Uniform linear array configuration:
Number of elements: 12
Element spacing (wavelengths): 0.25
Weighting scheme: cosine
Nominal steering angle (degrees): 0
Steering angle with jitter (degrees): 1.993
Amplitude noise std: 0.05
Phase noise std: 0.05

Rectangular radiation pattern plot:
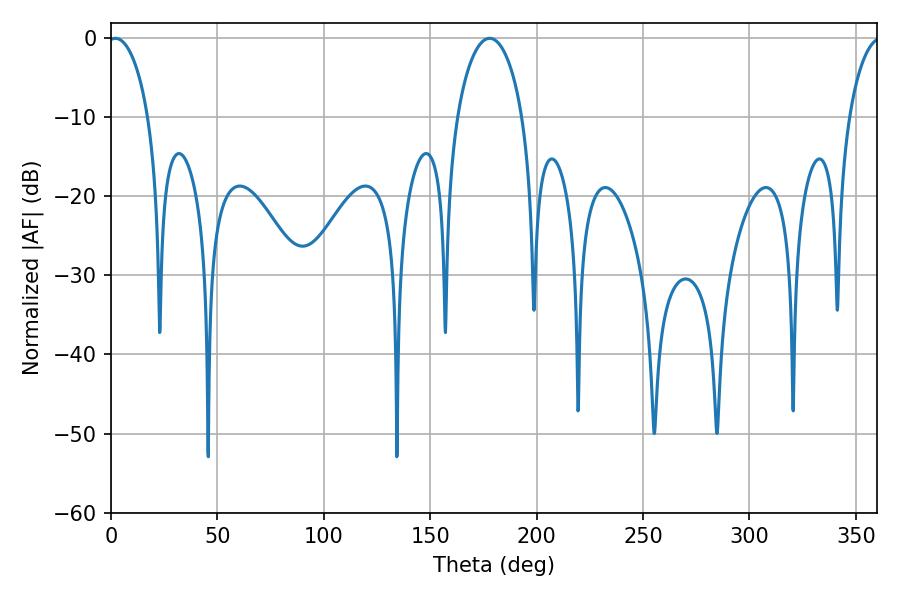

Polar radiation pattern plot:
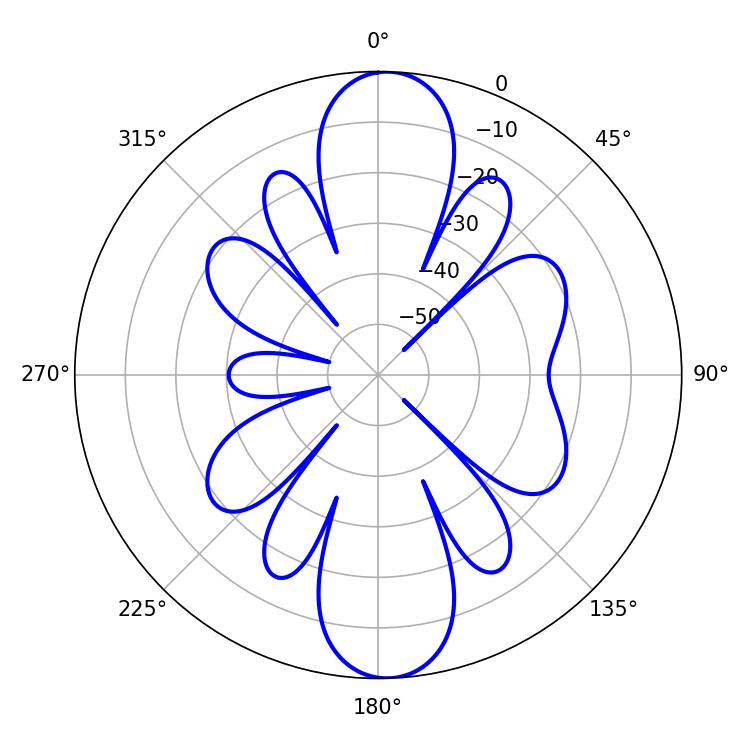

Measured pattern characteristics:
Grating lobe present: FALSE
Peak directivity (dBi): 18.409
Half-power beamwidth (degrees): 10.8
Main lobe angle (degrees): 1.98